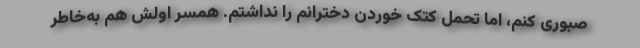
صبوری کنم، اما تحمل کتک خوردن دخترانم را نداشتم. همسر اولش هم به‌خاطر